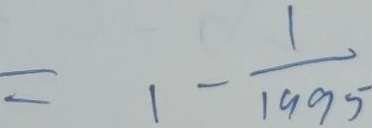
= 1 - \frac { 1 } { 1 9 9 5 }